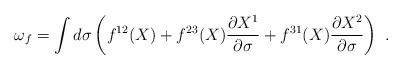
LaTeX: \begin{align*}\omega_f = \int d\sigma \left(f^{12}(X)+ f^{23}(X)\frac{\partial X^1}{\partial \sigma}+f^{31}(X)\frac{\partial X^2}{\partial \sigma}\right)\,\,.\end{align*}